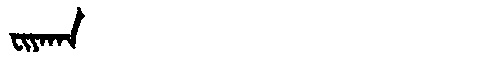
Manchu: ᠸᡳᠶᠠᡴᠠ
Romanization: FIYAKA